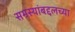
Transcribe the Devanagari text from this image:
समस्यांबद्दलच्या